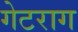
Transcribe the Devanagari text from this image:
गेटराग